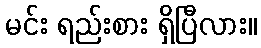
မင်း ရည်းစား ရှိပြီလား။